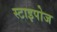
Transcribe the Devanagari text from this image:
स्टाइपोज